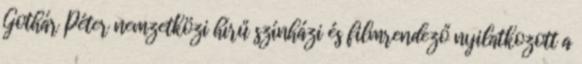
Gothár Péter nemzetközi hírű színházi és filmrendező nyilatkozott a